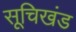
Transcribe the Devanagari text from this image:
सूचिखंड